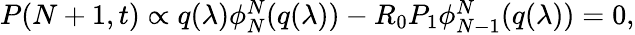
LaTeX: \begin{array}{r}{P(N+1,t)\propto q(\lambda)\phi_{N}^{N}(q(\lambda))-R_{0}P_{1}\phi_{N-1}^{N}(q(\lambda))=0,}\end{array}